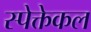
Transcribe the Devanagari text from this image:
स्पेक्तेकल